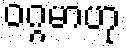
ဝဂ္ဂမာဟု